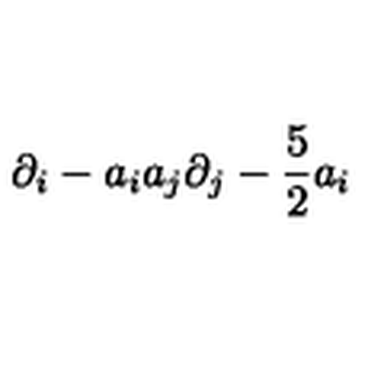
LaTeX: \partial _ { i } - a _ { i } a _ { j } \partial _ { j } - { \frac { 5 } { 2 } } a _ { i }